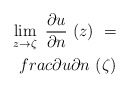
\begin{align*} \lim\limits_{z\to\zeta}\ \frac{\partial u}{\partial n}\ (z)\ =\\frac{\partial u}{\partial n}\ (\zeta)\end{align*}